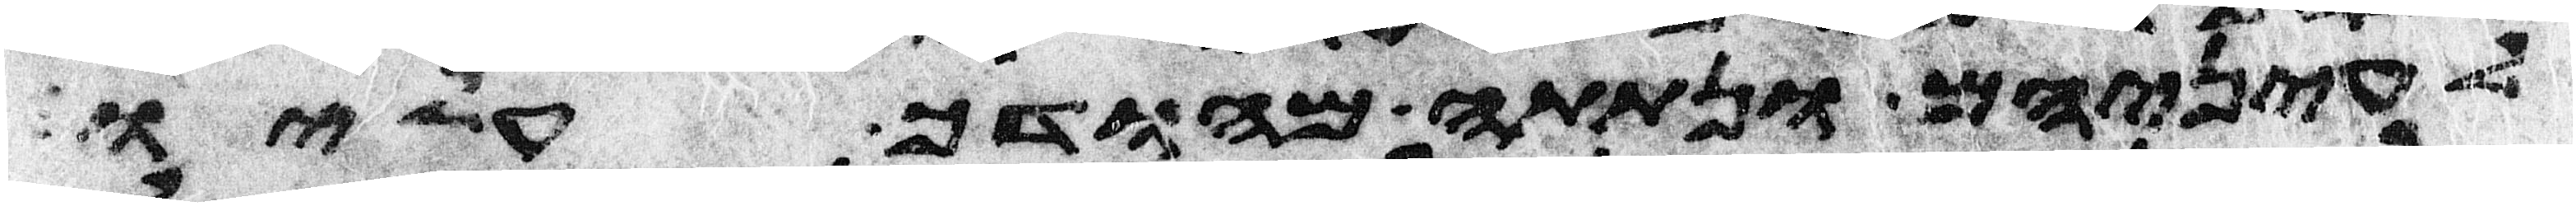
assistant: לעיניהם ונתתה מהודך עליו